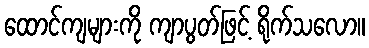
ထောင်ကျများကို ကျာပွတ်ဖြင့် ရိုက်သလော။